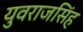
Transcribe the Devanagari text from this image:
युवराजसिंह